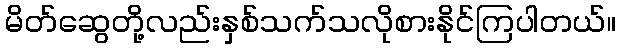
မိတ်ဆွေတို့လည်းနှစ်သက်သလိုစားနိုင်ကြပါတယ်။